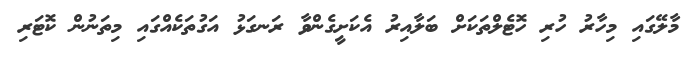
މާލޭގައި މިހާރު ހުރި ހޮޓެލްތަކަށް ބަލާއިރު އެކަށީގެންވާ ރަނގަޅު އަގުތަކެއްގައި މިތަނުން ކޮޓަރި